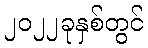
၂၀၂၂ခုနှစ်တွင်